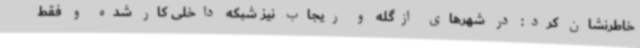
خاطرنشان کرد: در شهرهای ازگله و ریجاب نیز شبکه داخلی کار شده و فقط